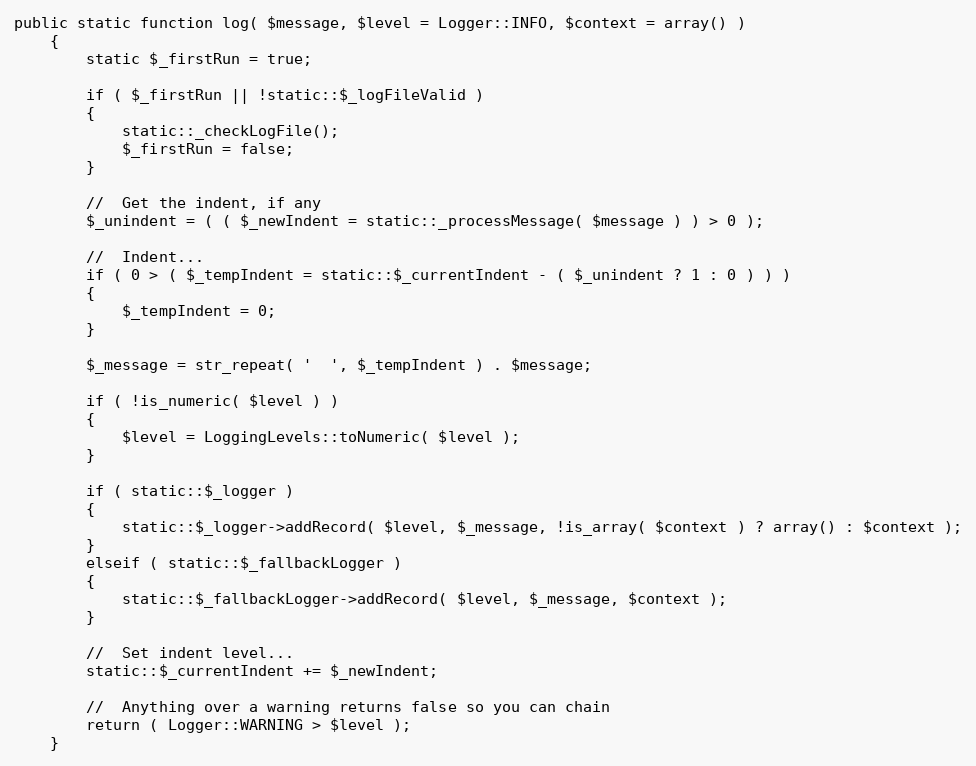
Language: PHP
public static function log( $message, $level = Logger::INFO, $context = array() )
    {
        static $_firstRun = true;

        if ( $_firstRun || !static::$_logFileValid )
        {
            static::_checkLogFile();
            $_firstRun = false;
        }

        //	Get the indent, if any
        $_unindent = ( ( $_newIndent = static::_processMessage( $message ) ) > 0 );

        //	Indent...
        if ( 0 > ( $_tempIndent = static::$_currentIndent - ( $_unindent ? 1 : 0 ) ) )
        {
            $_tempIndent = 0;
        }

        $_message = str_repeat( '  ', $_tempIndent ) . $message;

        if ( !is_numeric( $level ) )
        {
            $level = LoggingLevels::toNumeric( $level );
        }

        if ( static::$_logger )
        {
            static::$_logger->addRecord( $level, $_message, !is_array( $context ) ? array() : $context );
        }
        elseif ( static::$_fallbackLogger )
        {
            static::$_fallbackLogger->addRecord( $level, $_message, $context );
        }

        //	Set indent level...
        static::$_currentIndent += $_newIndent;

        //	Anything over a warning returns false so you can chain
        return ( Logger::WARNING > $level );
    }